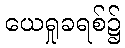
ယေရှုခရစ်၌